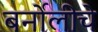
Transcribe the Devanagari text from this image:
बर्नोलीचे